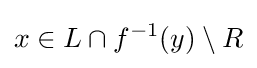
x\in L\cap f^{-1}(y)\setminus R